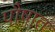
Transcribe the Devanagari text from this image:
पौषात